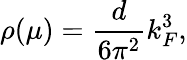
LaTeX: \rho(\mu)=\frac{d}{6\pi^{2}}k_{F}^{3},